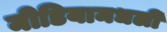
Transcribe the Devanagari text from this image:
मीडियामधली